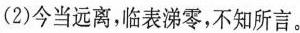
(2)今当远离，临表涕零，不知所言。